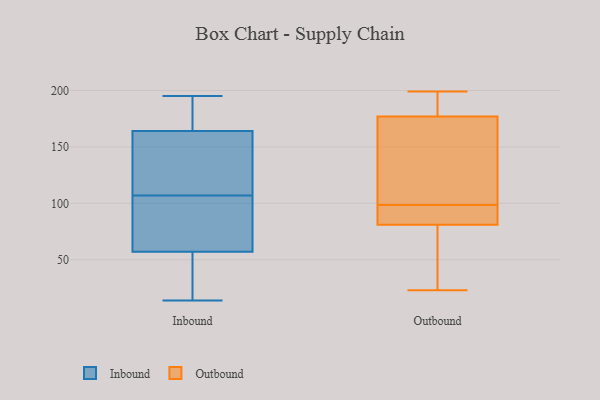
{"axis": {"x": "Active Users", "y": "Value"}, "legend": ["Inbound", "Outbound"], "data": [{"x": "", "y": 14, "type": "Inbound"}, {"x": "", "y": 128, "type": "Inbound"}, {"x": "", "y": 127, "type": "Inbound"}, {"x": "", "y": 195, "type": "Inbound"}, {"x": "", "y": 168, "type": "Inbound"}, {"x": "", "y": 73, "type": "Inbound"}, {"x": "", "y": 82, "type": "Inbound"}, {"x": "", "y": 57, "type": "Inbound"}, {"x": "", "y": 118, "type": "Inbound"}, {"x": "", "y": 43, "type": "Inbound"}, {"x": "", "y": 181, "type": "Inbound"}, {"x": "", "y": 96, "type": "Inbound"}, {"x": "", "y": 14, "type": "Inbound"}, {"x": "", "y": 164, "type": "Inbound"}, {"x": "", "y": 93, "type": "Outbound"}, {"x": "", "y": 101, "type": "Outbound"}, {"x": "", "y": 88, "type": "Outbound"}, {"x": "", "y": 97, "type": "Outbound"}, {"x": "", "y": 23, "type": "Outbound"}, {"x": "", "y": 177, "type": "Outbound"}, {"x": "", "y": 49, "type": "Outbound"}, {"x": "", "y": 66, "type": "Outbound"}, {"x": "", "y": 196, "type": "Outbound"}, {"x": "", "y": 100, "type": "Outbound"}, {"x": "", "y": 131, "type": "Outbound"}, {"x": "", "y": 81, "type": "Outbound"}, {"x": "", "y": 184, "type": "Outbound"}, {"x": "", "y": 199, "type": "Outbound"}]}